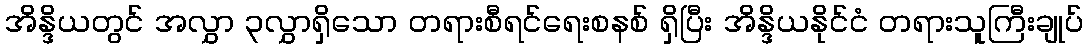
အိန္ဒိယတွင် အလွှာ ၃လွှာရှိသော တရားစီရင်ရေးစနစ် ရှိပြီး အိန္ဒိယနိုင်ငံ တရားသူကြီးချုပ်